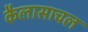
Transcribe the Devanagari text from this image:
कैलासाचल